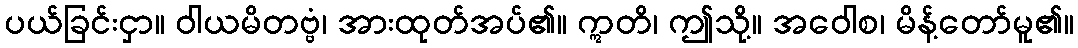
ပယ်ခြင်းငှာ။ ဝါယမိတဗ္ဗံ၊ အားထုတ်အပ်၏။ ဣတိ၊ ဤသို့။ အဝေါစ၊ မိန့်တော်မူ၏။